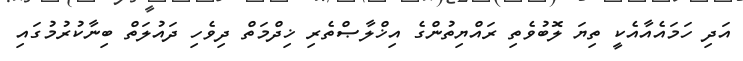
އަދި ހަމައެއާއެކީ ތިޔަ ލޮބުވެތި ރައްޔިތުންގެ އިޚްލާޞްތެރި ޚިދްމަތް ދިވެހި ދައުލަތް ބިނާކުރުމުގައި